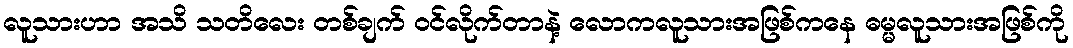
လူသားဟာ အသိ သတိလေး တစ်ချက် ဝင်လိုက်တာနဲ့ လောကလူသားအဖြစ်ကနေ ဓမ္မလူသားအဖြစ်ကို